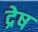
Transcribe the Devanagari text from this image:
द्रेष